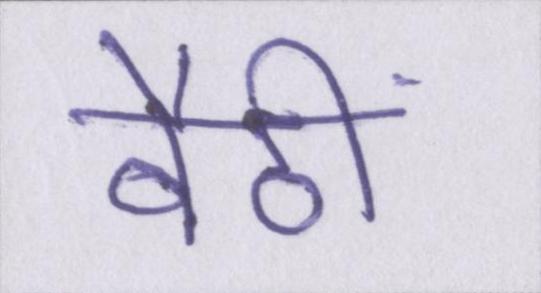
बैठीं